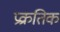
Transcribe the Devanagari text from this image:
प्रक्रतिक